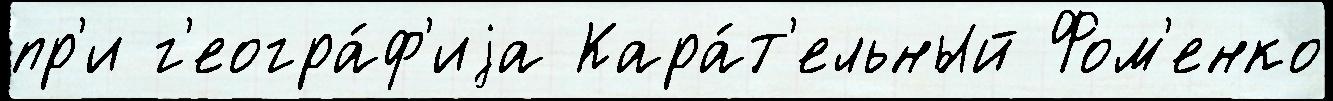
пр'и г'еогра́ф'иjа Кара́т'ельный Фом'енко